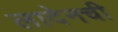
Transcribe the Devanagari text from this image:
लादेनची